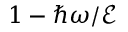
1 - \hbar \omega / \mathcal { E }